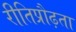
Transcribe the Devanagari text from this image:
रीतिप्रौढ़ता